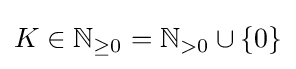
K\in \mathbb {N} _{\geq 0}=\mathbb {N} _{>0}\cup \{0\}